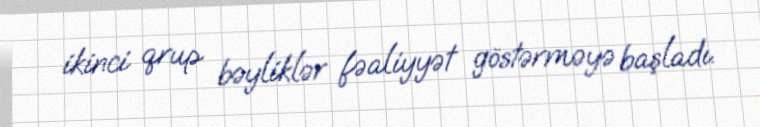
ikinci qrup bəyliklər fəaliyyət göstərməyə başladı.